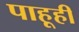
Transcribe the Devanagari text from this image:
पाहूही